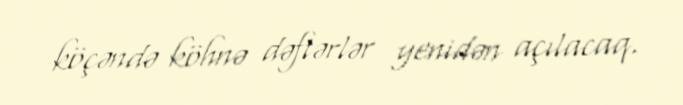
köçəndə köhnə dəftərlər yenidən açılacaq.